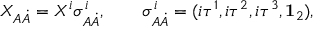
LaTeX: X _ { A \dot { A } } = X ^ { i } \sigma _ { A \dot { A } } ^ { i } , \qquad \sigma _ { A \dot { A } } ^ { i } = ( i \tau ^ { 1 } , i \tau ^ { 2 } , i \tau ^ { 3 } , { \bf 1 } _ { 2 } ) , \,